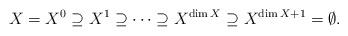
LaTeX: \begin{align*} X = X^0 \supseteq X^1 \supseteq \cdots \supseteq X^{\dim X} \supseteq X^{\dim X+1} = \emptyset.\end{align*}